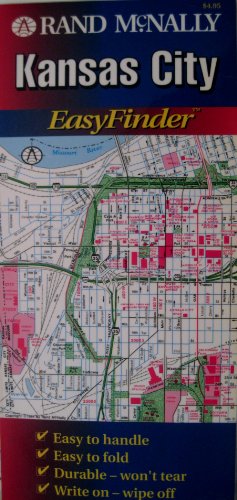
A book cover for Kansas City: Kansas City (Easyfinder); Rand McNally and Company; Travel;